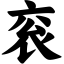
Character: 衮